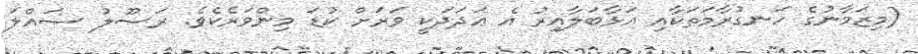
(މިޒަމާނުގެ ހަނގުރާމަތަކާއި އަޅާބަލާއިރު އެ ޢަދަދަކީ ވަރަށް ކުޑަ މިންވަރެކެވެ. ރަސޫލު ޞައްލަ